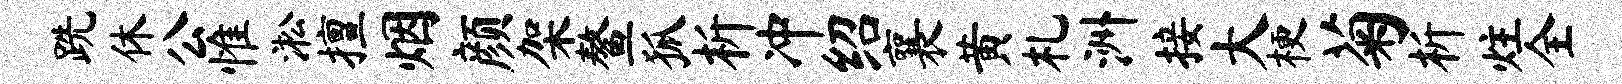
跣休公惟淞擅烟颜架鳌狐析冲绍襄黄札洲接大梗菊析炷全